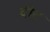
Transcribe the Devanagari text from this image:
दीट